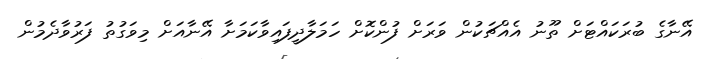
އޭނާގެ ބުރަކައްޓަށް ތޫނު އެއްޗަކުން ވަރަށް ފުންކޮށް ހަމަލާދީފައިވާކަމަށާ އޭނާއަށް މިވަގުތު ފަރުވާދެމުން